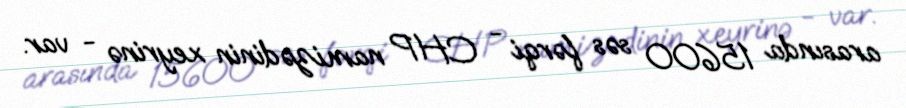
arasında 15600 səs fərqi - CHP namizədinin xeyrinə - var.